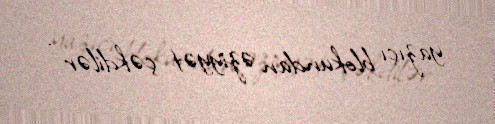
yazıçı blokundan əziyyət çəkdilər .